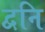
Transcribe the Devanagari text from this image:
द्वनि